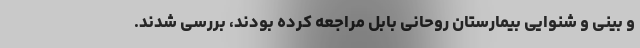
و بینی و شنوایی بیمارستان روحانی بابل مراجعه کرده بودند، بررسی شدند.